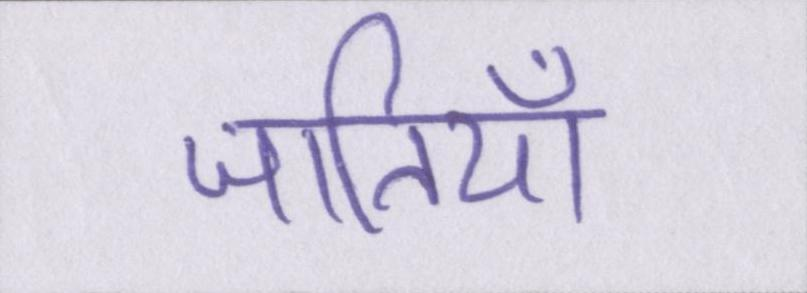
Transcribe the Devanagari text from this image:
जातियाँ